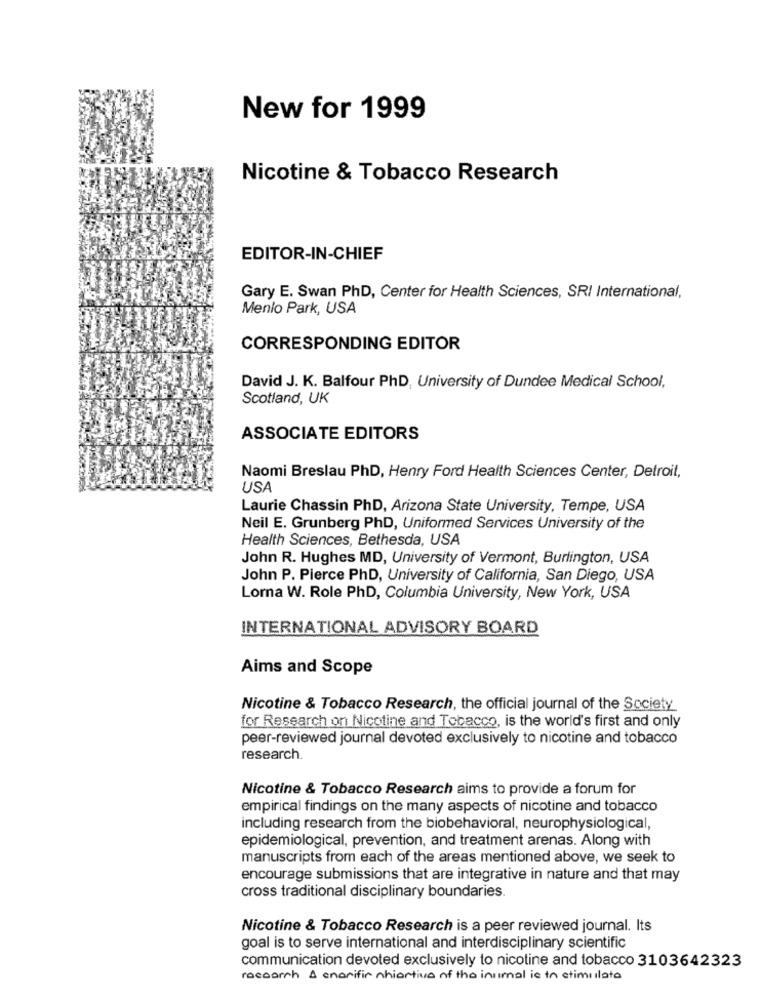
New for 1999
Nicotine & Tobacco Research
EDITOR-IN-CHIEF
Gary E. Swan PhD, Center for Health Sciences, SRI International,
Menlo Park, USA
CORRESPONDING EDITOR
David J. K. Balfour PhD, University of Dundee Medical School,
Scotland, UK
ASSOCIATE EDITORS
Naomi Breslau PhD, Henry Ford Health Sciences Center, Detroit,
USA
Laurie Chassin PhD, Arizona State University, Tempe, USA
Neil E. Grunberg PhD, Uniformed Services University of the
Health Sciences, Bethesda, USA
John R. Hughes MD, University of Vermont, Burlington, USA
John P. Pierce PhD, University of California, San Diego, USA
Lorna W. Role PhD, Columbia University, New York, USA
INTERNATIONAL ADVISORY BOARD
Aims and Scope
Nicotine & Tobacco Research, the official journal of the Society
for Research on Nicotine and Tobacco, is the world's first and only
peer-reviewed journal devoted exclusively to nicotine and tobacco
research.
Nicotine & Tobacco Research aims to provide a forum for
empirical findings on the many aspects of nicotine and tobacco
including research from the biobehavioral, neurophysiological,
epidemiological, prevention, and treatment arenas. Along with
manuscripts from each of the areas mentioned above, we seek to
encourage submissions that are integrative in nature and that may
cross traditional disciplinary boundaries.
Nicotine & Tobacco Research is a peer reviewed journal. Its
goal is to serve international and interdisciplinary scientific
communication devoted exclusively to nicotine and tobacco 3103642323
research & enarifir nhiertive of the insimal is in stimulate